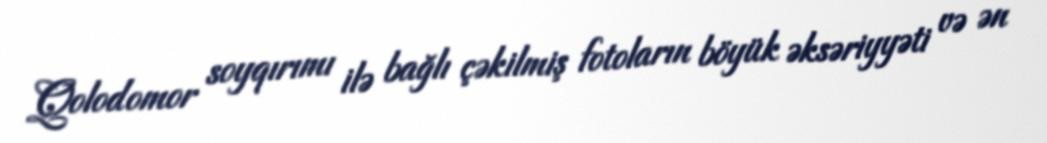
Qolodomor soyqırımı ilə bağlı çəkilmiş fotoların böyük əksəriyyəti və ən